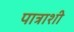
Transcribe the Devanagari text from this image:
पात्राशी